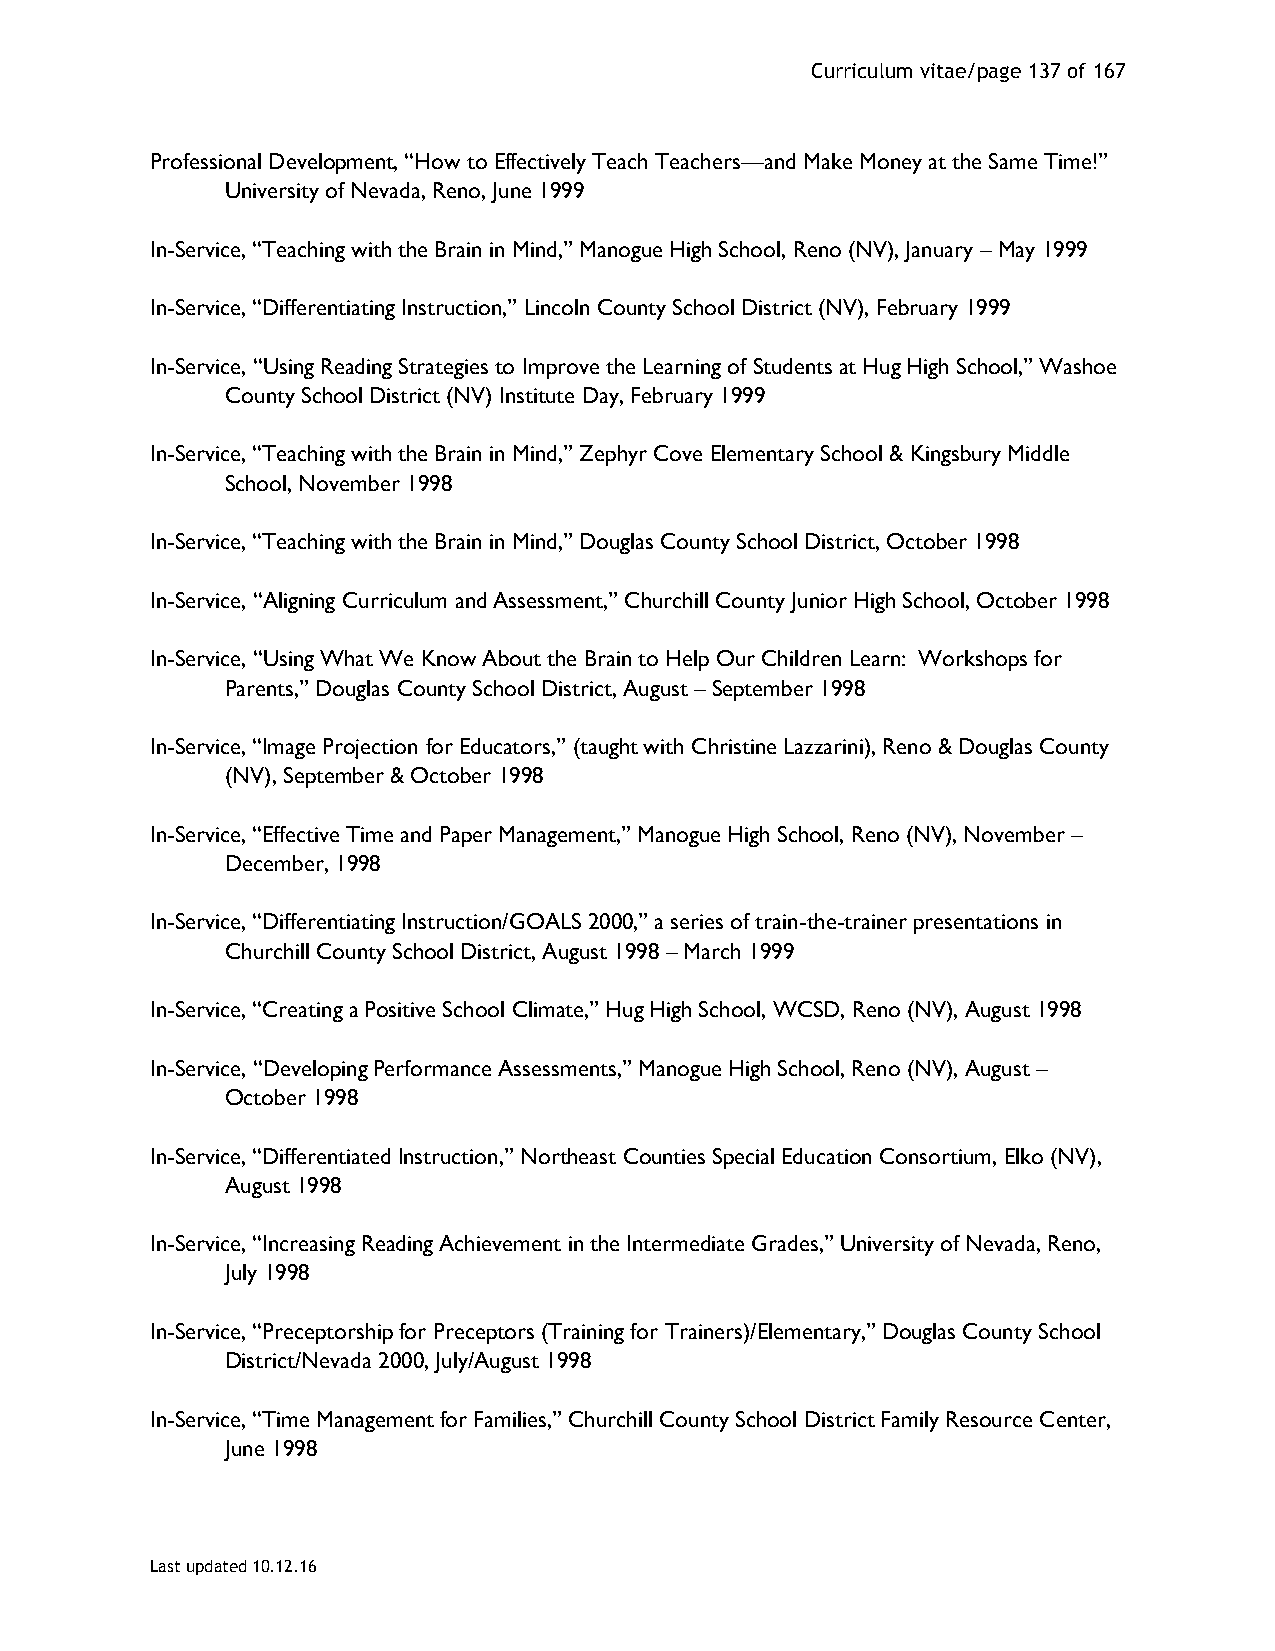
Curriculum vitae/page 137 of 167
 Professional Development, “How to Effectively Teach Teachers—and Make Money at the Same Time!”
 University of Nevada, Reno, June 1999
 In-Service, “Teaching with the Brain in Mind,” Manogue High School, Reno (NV), January – May 1999
 In-Service, “Differentiating Instruction,” Lincoln County School District (NV), February 1999
 In-Service, “Using Reading Strategies to Improve the Learning of Students at Hug High School,” Washoe
 County School District (NV) Institute Day, February 1999
 In-Service, “Teaching with the Brain in Mind,” Zephyr Cove Elementary School & Kingsbury Middle
 School, November 1998
 In-Service, “Teaching with the Brain in Mind,” Douglas County School District, October 1998
 In-Service, “Aligning Curriculum and Assessment,” Churchill County Junior High School, October 1998
 In-Service, “Using What We Know About the Brain to Help Our Children Learn: Workshops for
 Parents,” Douglas County School District, August – September 1998
 In-Service, “Image Projection for Educators,” (taught with Christine Lazzarini), Reno & Douglas County
 (NV), September & October 1998
 In-Service, “Effective Time and Paper Management,” Manogue High School, Reno (NV), November –
 December, 1998
 In-Service, “Differentiating Instruction/GOALS 2000,” a series of train-the-trainer presentations in
 Churchill County School District, August 1998 – March 1999
 In-Service, “Creating a Positive School Climate,” Hug High School, WCSD, Reno (NV), August 1998
 In-Service, “Developing Performance Assessments,” Manogue High School, Reno (NV), August –
 October 1998
 In-Service, “Differentiated Instruction,” Northeast Counties Special Education Consortium, Elko (NV),
 August 1998
 In-Service, “Increasing Reading Achievement in the Intermediate Grades,” University of Nevada, Reno,
 July 1998
 In-Service, “Preceptorship for Preceptors (Training for Trainers)/Elementary,” Douglas County School
 District/Nevada 2000, July/August 1998
 In-Service, “Time Management for Families,” Churchill County School District Family Resource Center,
 June 1998
 Last updated 10.12.16